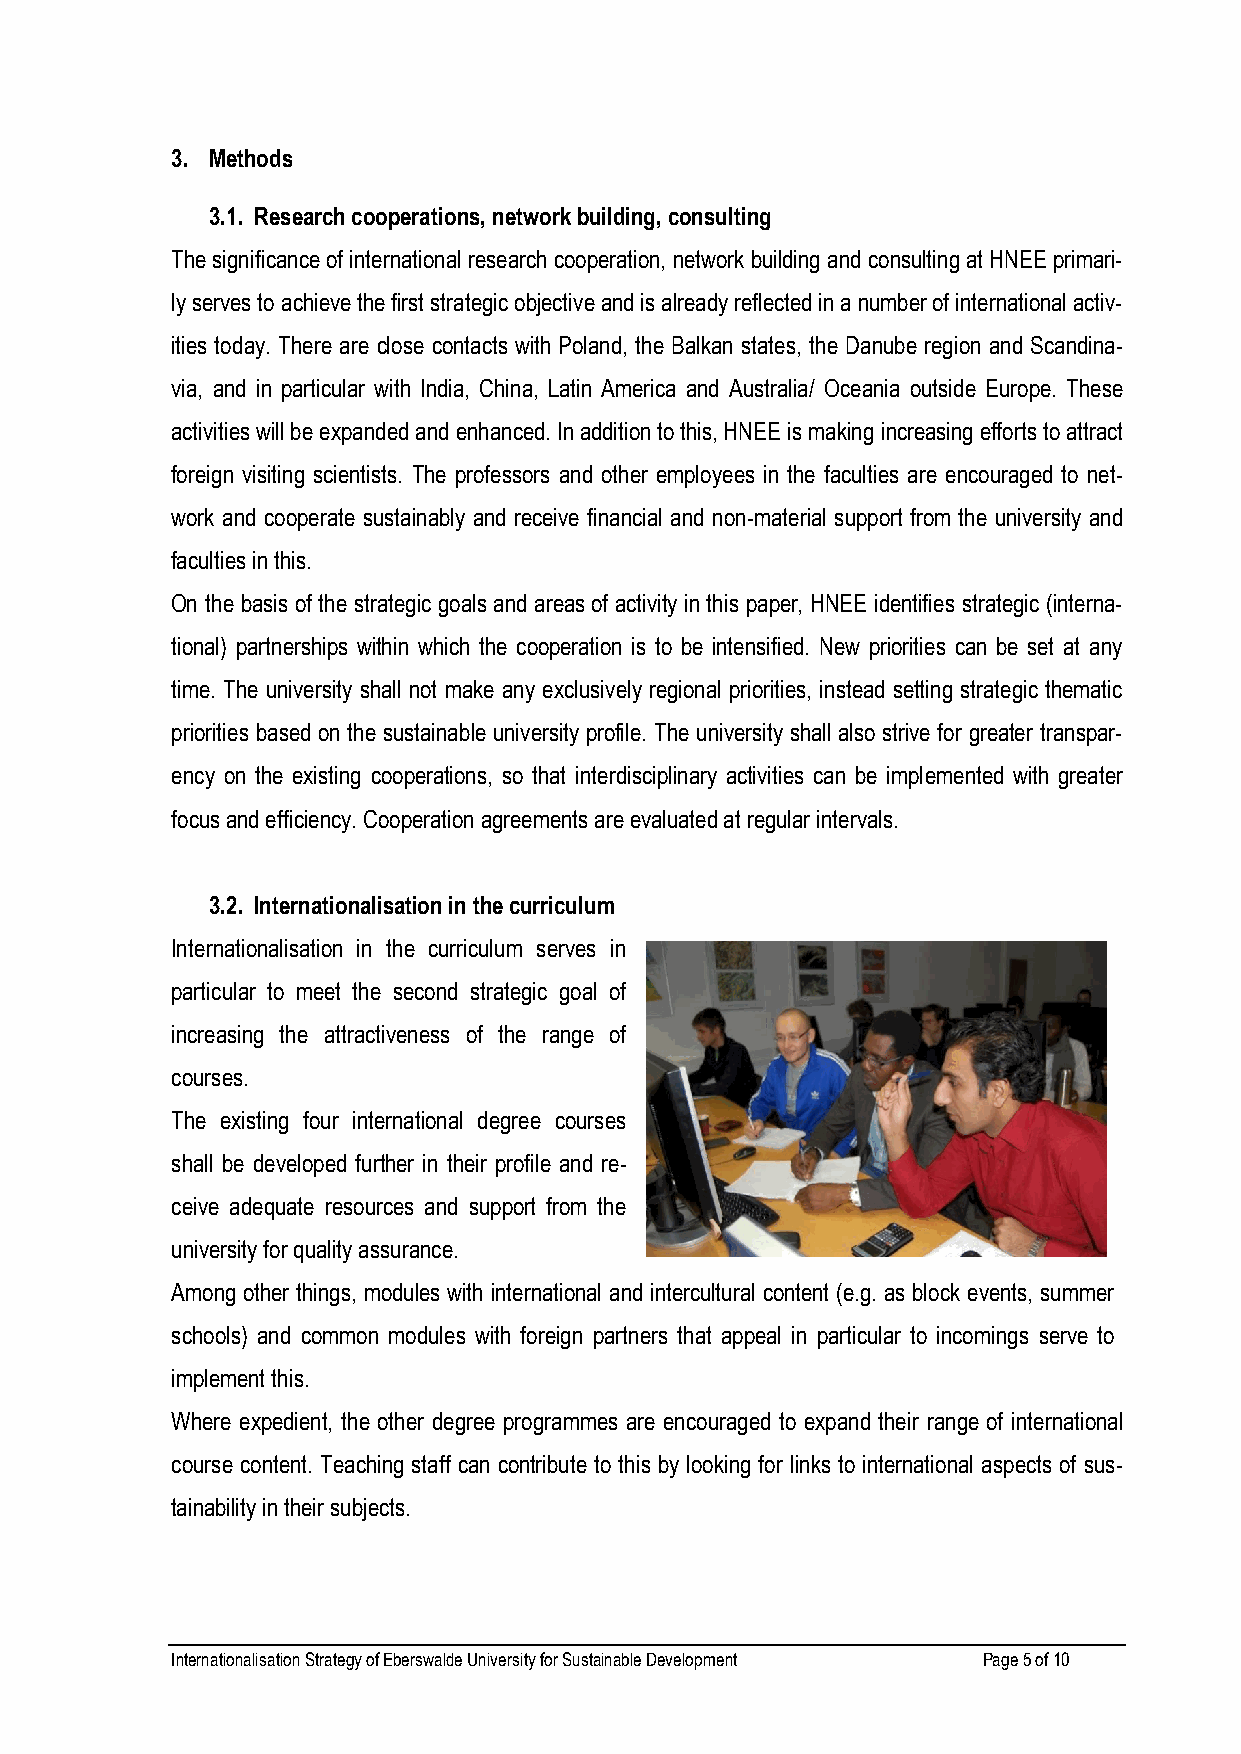
3. Methods
 3.1. Research cooperations, network building, consulting
 The significance of international research cooperation, network building and consulting at HNEE primari-
 ly serves to achieve the first strategic objective and is already reflected in a number of international activ-
 ities today. There are close contacts with Poland, the Balkan states, the Danube region and Scandina-
 via, and in particular with India, China, Latin America and Australia/ Oceania outside Europe. These
 activities will be expanded and enhanced. In addition to this, HNEE is making increasing efforts to attract
 foreign visiting scientists. The professors and other employees in the faculties are encouraged to net-
 work and cooperate sustainably and receive financial and non-material support from the university and
 faculties in this.
 On the basis of the strategic goals and areas of activity in this paper, HNEE identifies strategic (interna-
 tional) partnerships within which the cooperation is to be intensified. New priorities can be set at any
 time. The university shall not make any exclusively regional priorities, instead setting strategic thematic
 priorities based on the sustainable university profile. The university shall also strive for greater transpar-
 ency on the existing cooperations, so that interdisciplinary activities can be implemented with greater
 focus and efficiency. Cooperation agreements are evaluated at regular intervals.
 3.2. Internationalisation in the curriculum
 Internationalisation in the curriculum serves in
 particular to meet the second strategic goal of
 increasing the attractiveness of the range of
 courses.
 The existing four international degree courses
 shall be developed further in their profile and re-
 ceive adequate resources and support from the
 university for quality assurance.
 Among other things, modules with international and intercultural content (e.g. as block events, summer
 schools) and common modules with foreign partners that appeal in particular to incomings serve to
 implement this.
 Where expedient, the other degree programmes are encouraged to expand their range of international
 course content. Teaching staff can contribute to this by looking for links to international aspects of sus-
 tainability in their subjects.
 Internationalisation Strategy of Eberswalde University for Sustainable Development Page 5 of 10